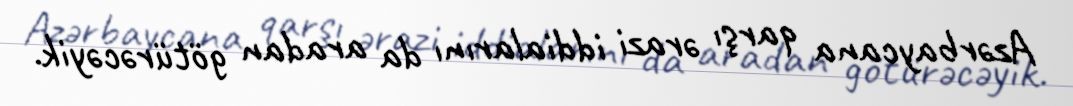
Azərbaycana qarşı ərazi iddialarını da aradan götürəcəyik.